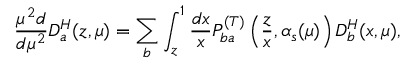
\frac { \mu ^ { 2 } d } { d \mu ^ { 2 } } D _ { a } ^ { H } ( z , \mu ) = \sum _ { b } \int _ { z } ^ { 1 } \frac { d x } { x } P _ { b a } ^ { ( T ) } \left( \frac { z } { x } , \alpha _ { s } ( \mu ) \right) D _ { b } ^ { H } ( x , \mu ) ,